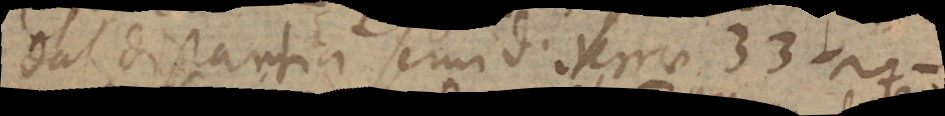
dat distantiam semid. terrae 33 ½